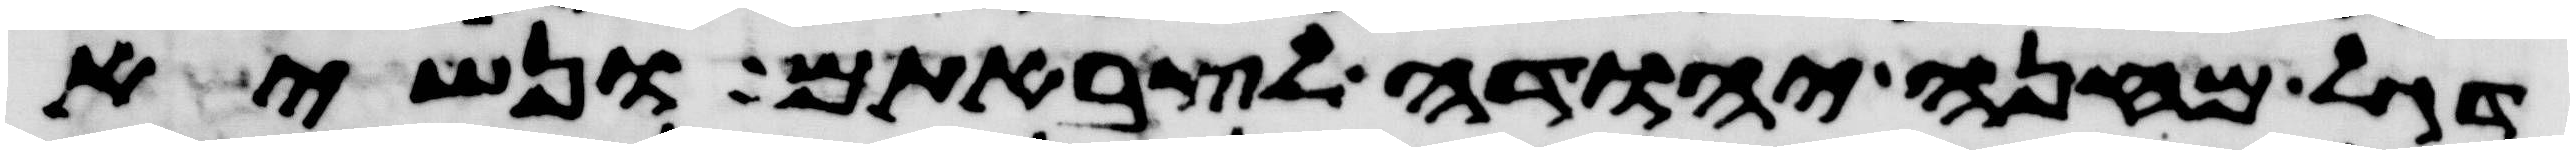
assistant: דגל מחנה יהודה לצבאתם ונשיא